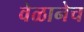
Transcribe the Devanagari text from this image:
वेळानेच